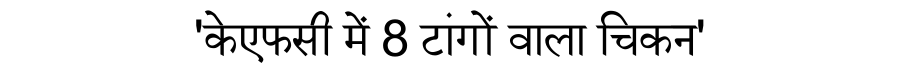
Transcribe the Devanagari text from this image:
'केएफसी में 8 टांगों वाला चिकन'